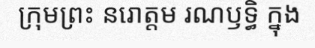
ក្រុមព្រះ នរោត្តម រណឫទ្ធិ ក្នុង